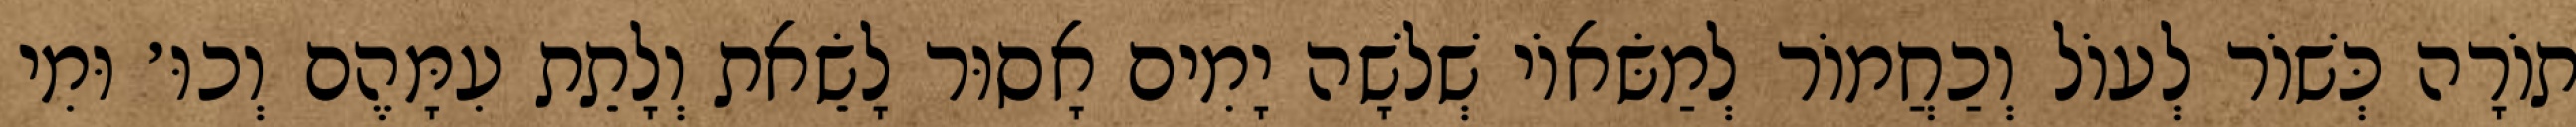
תוֹרָה כְּשׁוֹר לְעוֹל וְכַחֲמוֹר לְמַשּׂאוֹי שְׁלֹשָׁה יָמִים אָסוּר לָשֵׂאת וְלָתֵת עִמָּהֶם וְכוּ׳ וּמִי